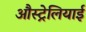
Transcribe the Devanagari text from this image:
औस्ट्रेलियाई